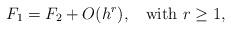
LaTeX: \begin{align*}F_1 = F_2 + O(h^r), \; \; \mbox{ with } r \geq 1,\end{align*}